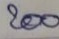
200